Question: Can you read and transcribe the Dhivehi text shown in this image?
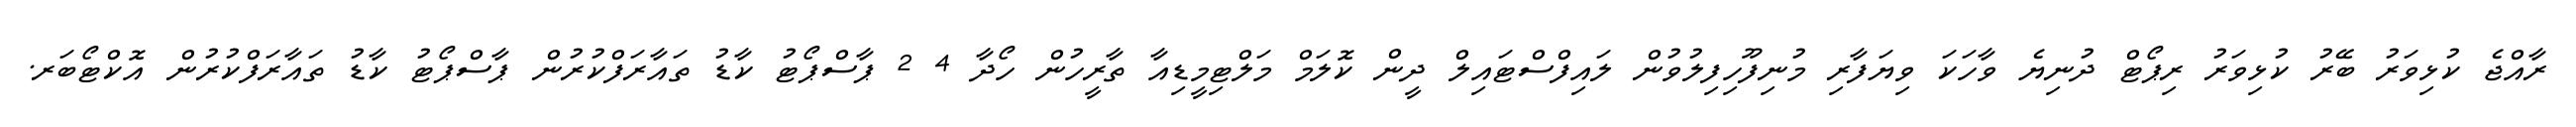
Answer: ރާއްޖެ ކުޅިވަރު ބޭރު ކުޅިވަރު ރިޕޯޓް ދުނިޔެ ވާހަކަ ވިޔަފާރި މުނިފޫހިފިލުވުން ލައިފްސްޓައިލް ދީން ކޮލަމް މަލްޓިމީޑިއާ ތާރީހުން ހޯދާ 4 2 ޕާސްޕޯޓު ކާޑު ތައާރަފްކުރުން ޕާސްޕޯޓު ކާޑު ތައާރަފްކުރުން އޮކްޓޯބަރ.